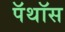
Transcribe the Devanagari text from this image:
पॅथॉस